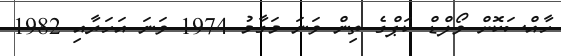
ހާއްސަކޮށް ވޯލްޑް ކަޕްގެ ތިން ވަނަ މަގާމު 1974 ވަނަ އަހަރާއި 1982